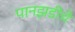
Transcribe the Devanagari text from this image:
पानझडीचे